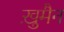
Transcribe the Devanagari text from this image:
ख़ुमैन